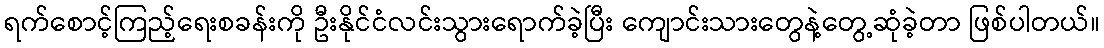
ရက်စောင့်ကြည့်ရေးစခန်းကို ဦးနိုင်ငံလင်းသွားရောက်ခဲ့ပြီး ကျောင်းသားတွေနဲ့တွေ့ဆုံခဲ့တာ ဖြစ်ပါတယ်။